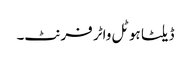
ڈیلٹا ہوٹل واٹر فرنٹ۔